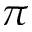
\pi